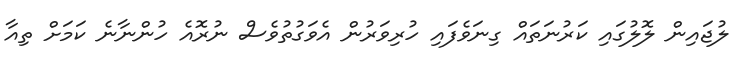
ލުޖައިން ލޮލުގައި ކަރުނަތައް ގިނަވެފައި ހުރިވަރުން އެވަގުތުވެސް ނުރޮއެ ހުންނާނެ ކަމަށް ތިއާ